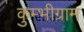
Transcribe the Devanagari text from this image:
कुम्भीग्राम